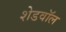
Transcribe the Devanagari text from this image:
शेडवॉल